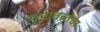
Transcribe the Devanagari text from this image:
गुणवत्‍तेचा